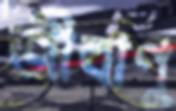
জীবাণু